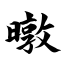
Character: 暾